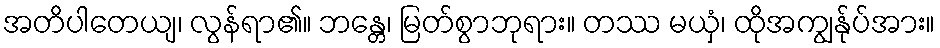
အတိပါတေယျ၊ လွန်ရာ၏။ ဘန္တေ၊ မြတ်စွာဘုရား။ တဿ မယှံ၊ ထိုအကျွန်ုပ်အား။